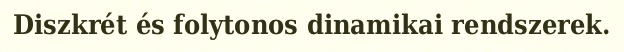
Diszkrét és folytonos dinamikai rendszerek.